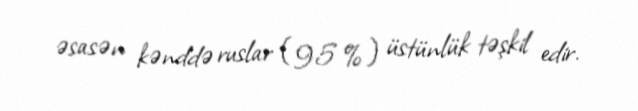
əsasən kənddə ruslar (95 %) üstünlük təşkil edir.